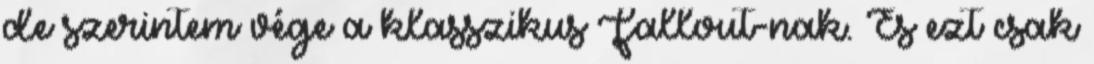
de szerintem vége a klasszikus Fallout-nak. És ezt csak